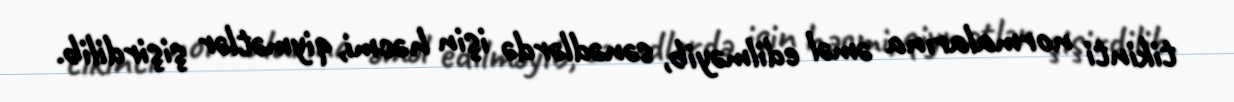
tikinti normalarına əməl edilməyib, sənədlərdə işin həcmi, qiymətlər şişirdilib.